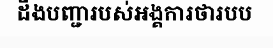
ដឹងបញ្ជារបស់អង្គការថារបប